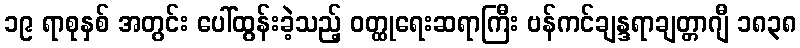
၁၉ ရာစုနှစ် အတွင်း ပေါ်ထွန်းခဲ့သည့် ဝတ္ထုရေးဆရာကြီး ဗန်ကင်ချန္ဒရာချတ္တာဂျီ ၁၈၃၈